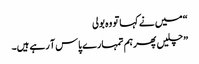
“ میں نے کہا تو وہ بولی
” چلیں پھرہم تمہارے پاس آ رہے ہیں۔